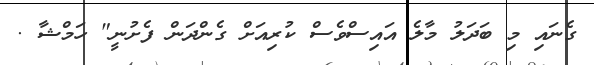
ގެނައި މި ބަދަލު މާލެ އައިސްވެސް ކުރިއަށް ގެންދަން ފެށުނީ" ހަމްޝާ .